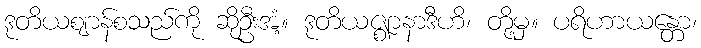
ဒုတိယဈာန်စသည်ကို ဆိုဦးအံ့။ ဒုတိယဇ္ဈာနာဒီဟိ၊ တို့မှ။ ပရိဟာယန္တော၊